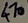
Text: 470